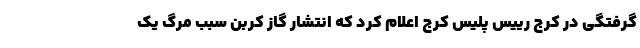
گرفتگی در کرج رییس پلیس کرج اعلام کرد که انتشار گاز کربن سبب مرگ یک